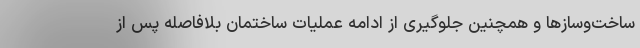
ساخت‌وسازها و همچنین جلوگیری از ادامه عملیات ساختمان بلافاصله پس از